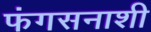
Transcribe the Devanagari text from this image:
फंगसनाशी